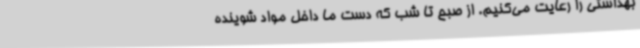
بهداشتی را رعایت می‌کنیم. از صبح تا شب که دست ما داخل مواد شوینده